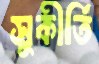
সুকীর্তি